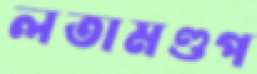
লতামণ্ডপ